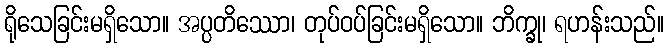
ရိုသေခြင်းမရှိသော။ အပ္ပတိဿော၊ တုပ်ဝပ်ခြင်းမရှိသော။ ဘိက္ခု၊ ရဟန်းသည်။